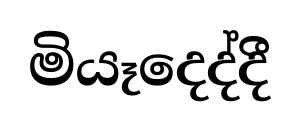
මියෑදෙද්දී